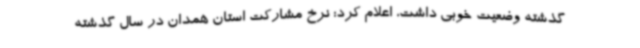
گذشته وضعیت خوبی داشت، اعلام کرد: نرخ مشارکت استان همدان در سال گذشته